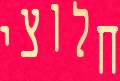
חלוצי